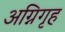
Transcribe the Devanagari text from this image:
अग्निगृह